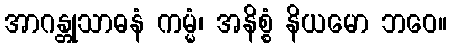
အာဂန္တုသာဓနံ ကမ္မံ၊ အနိစ္စံ နိယမော ဘဝေ။